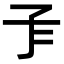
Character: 𡤾